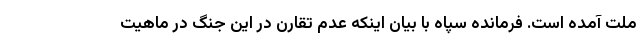
ملت آمده است. فرمانده سپاه با بیان اینکه عدم تقارن در این جنگ در ماهیت